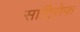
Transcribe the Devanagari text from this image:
साटिरोफ